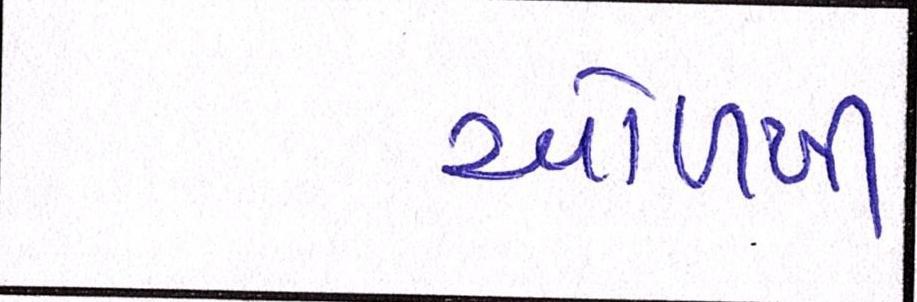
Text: ઓળખી